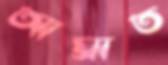
আঘ্রাত